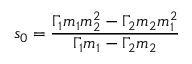
s _ { 0 } = { \frac { \Gamma _ { 1 } m _ { 1 } m _ { 2 } ^ { 2 } - \Gamma _ { 2 } m _ { 2 } m _ { 1 } ^ { 2 } } { \Gamma _ { 1 } m _ { 1 } - \Gamma _ { 2 } m _ { 2 } } }